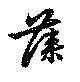
藻